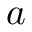
a